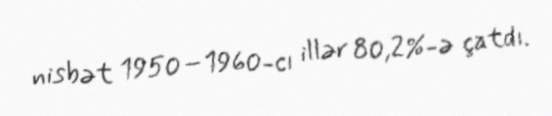
nisbət 1950–1960-cı illər 80,2%-ə çatdı.